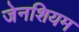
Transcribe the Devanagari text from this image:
जेनशियम